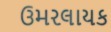
ઉમરલાયક